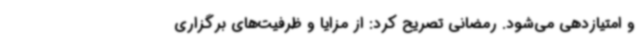
و امتیازدهی می‌شود. رمضانی تصریح کرد: از مزایا و ظرفیت‌های برگزاری